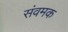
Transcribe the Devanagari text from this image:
संवमक